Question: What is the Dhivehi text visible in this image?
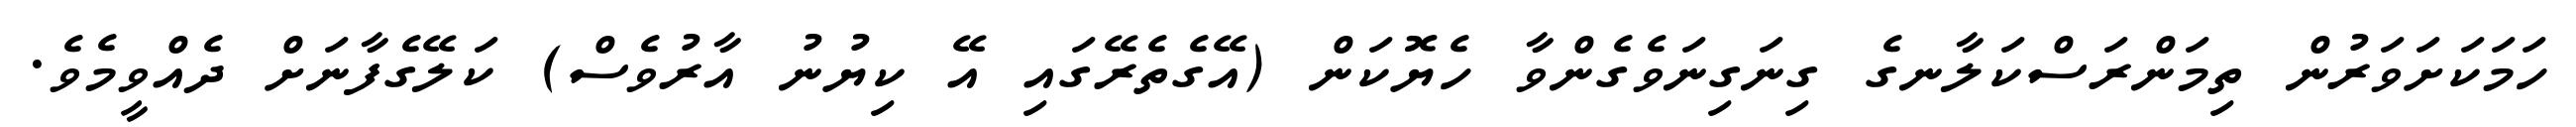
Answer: ހަމަކަށަވަރުން ތިމަންރަސްކަލާނގެ ގިނަގިނަވެގެންވާ ހެޔޮކަން (އޭގެތެރޭގައި އޭ ކިޔުނު އާރުވެސް) ކަލޭގެފާނަށް ދެއްވީމެވެ.